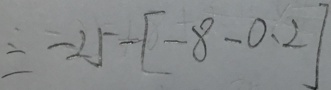
= - 2 5 - [ - 8 - 0 . 2 ]